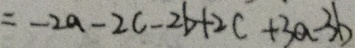
= - 2 a - 2 c - 2 b + 2 c + 3 a - 3 b